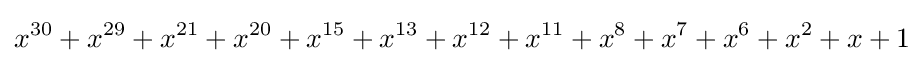
x^{30}+x^{29}+x^{21}+x^{20}+x^{15}+x^{13}+x^{12}+x^{11}+x^{8}+x^{7}+x^{6}+x^{2}+x+1